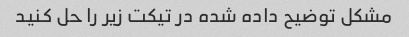
مشکل توضیح داده شده در تیکت زیر را حل کنید